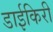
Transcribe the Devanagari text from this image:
डाईकिरी